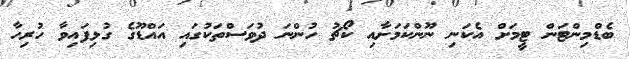
ބެޑްމިންޓަން ޓީމަށް އެކަނި ނޫންކަމަށާއި ކޯޗު ހުންނަ ދުވަސްތަކުގައި އައްޑޫގެ ގުޅިފައިވާ ހުރިހާ